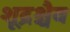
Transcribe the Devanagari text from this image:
शूद्रश्चैव